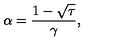
\alpha = \frac { 1 - \sqrt { \tau } } { \gamma } ,